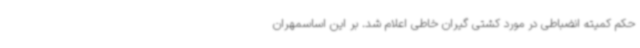
حکم کمیته انضباطی در مورد کشتی گیران خاطی اعلام شد. بر این اساسمهران